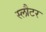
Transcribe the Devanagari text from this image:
स्लौटर